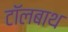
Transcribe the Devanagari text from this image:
टॉलबाथ